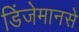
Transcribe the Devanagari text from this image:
डिंजेमानसे